Plague in India, 1896, 1897 - Volume 3
Year: 1896
Disease focus: Plague
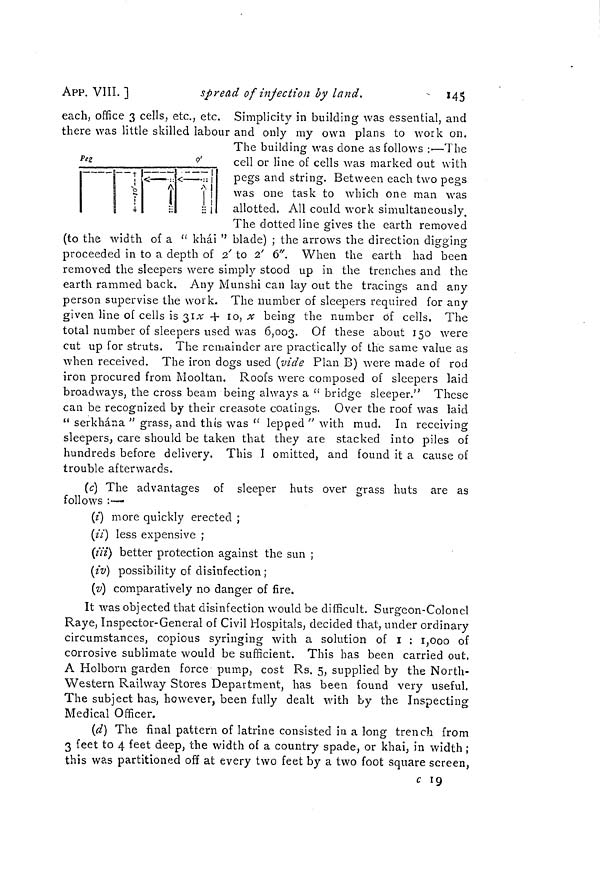
145
APP. VIII. ]
spread of infection by land.
each, office 3 cells, etc., etc. Simplicity in building was essential, and
there was little skilled labour and only my own plans to work on.
The building was done as follows :—The
cell or line of cells was marked out with
pegs and string. Between each two pegs
was one task to which one man was
allotted. All could work simultaneously.
The dotted line gives the earth removed
(to the width of a " khái " blade) ; the arrows the direction digging
proceeded in to a depth of 2' to 2' 6". When the earth had been
removed the sleepers were simply stood up in the trenches and the
earth rammed back. Any Munshi can lay out the tracings and any
person supervise the work. The number of sleepers required for any
given line of cells is 31 x + 10, x being the number of cells. The
total number of sleepers used was 6,003. Of these about 150 were
cut up for struts. The remainder are practically of the same value as
when received. The iron dogs used (vide Plan B) were made of rod
iron procured from Mooltan. Roofs were composed of sleepers laid
broadways, the cross beam being always a " bridge sleeper." These
can be recognized by their creasote coalings. Over the roof was laid
" serkhána " grass, and this was " lepped " with mud. In receiving
sleepers, care should be taken that they are stacked into piles of
hundreds before delivery. This I omitted, and found it a cause of
trouble afterwards.
(c) The advantages of sleeper huts over grass huts are as
follows :—
(i) more quickly erected ;
(ii) less expensive ;
(iii) better protection against the sun ;
(iv) possibility of disinfection ;
(v) comparatively no danger of fire.
It was objected that disinfection would be difficult. Surgeon-Colonel
Raye, Inspector-General of Civil Hospitals, decided that, under ordinary
circumstances, copious syringing with a solution of I : 1,000 of
corrosive sublimate would be sufficient. This has been carried out.
A Holborn garden force pump, cost Rs. 5, supplied by the North-
Western Railway Stores Department, has been found very useful.
The subject has, however, been fully dealt with by the Inspecting
Medical Officer.
(d) The final pattern of latrine consisted in a long trench from
3 feet to 4 feet deep, the width of a country spade, or khai, in width ;
this was partitioned off at every two feet by a two foot square screen,
c 19